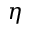
\eta